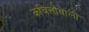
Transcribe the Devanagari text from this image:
कवित्तोंवाली